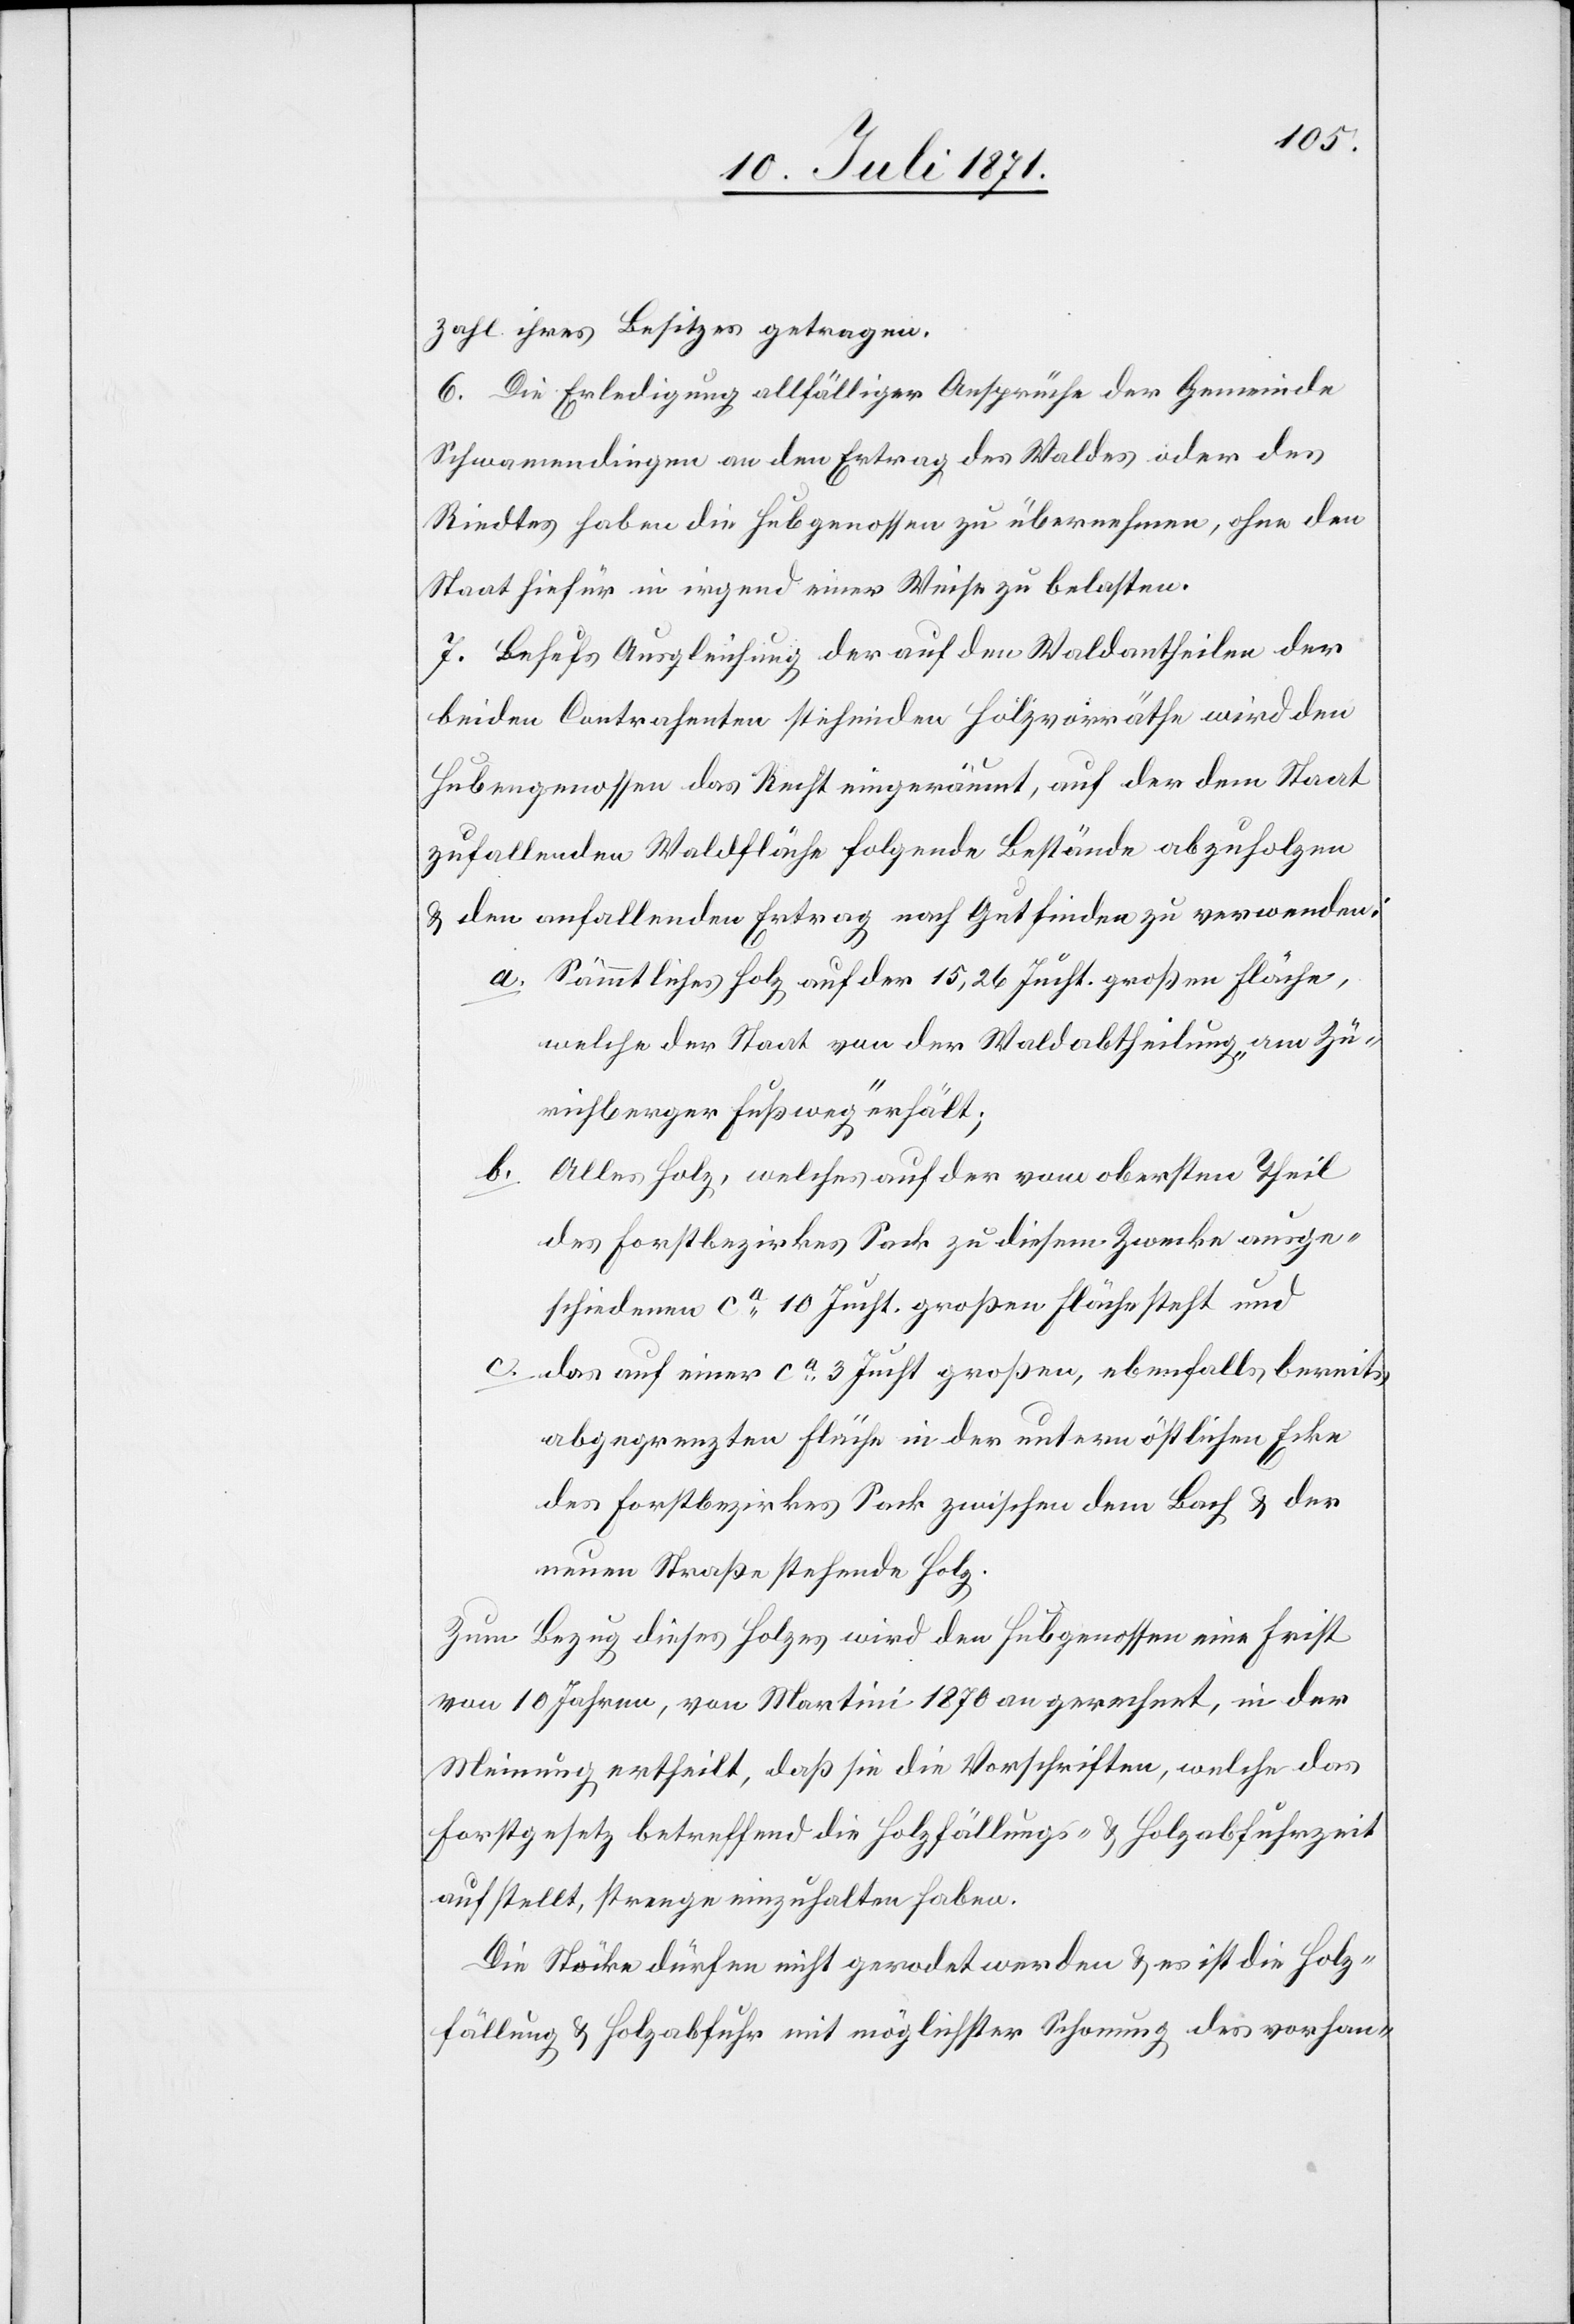
zahl ihres Besitzes getragen.
6. Die Erledigung allfälliger Ansprüche der Gemeinde
Schwamendingen an den Ertrag es Waldes oder des
Riedtes haben die Hubgenossen zu übernehmen, ohne den
Staat hiefür in irgend einer Weise zu belasten.
7. Behufs Ausgleichung der auf den Waldantheilen der
beiden Contrahenten stehenden Holzvorräthe wird den
Hubengenossen das Recht eingeräumt, auf der dem Staat
zufallenden Waldfläche folgende Bestände abzuholzen
u. den anfallenden Ertrag nach Gutfinden zu verwenden:
Sämmtliches Holz auf der 15,26 Jucht. großen Fläche,
welche der Staat von der Waldabtheilung am Zü¬
richberger Fußweg erhält;
Alles Holz, welches auf der vom obersten Theil
des Forstbezirkes Sack zu diesem Zwecke ausge¬
schiedenen ca. 10 Jucht. großen Fläche steht und
das auf einer ca. 3 Jucht großen, ebenfalls bereits
abgegrenzten Fläche in der untern östlichen Ecke
des Forstbezirkes Sack zwischen dem Bach u. der
neuen Straße stehende Holz.
Zum Bezug dieses Holzes wird den Hubgenossen eine Frist
von 10 Jahren, von Martini 1870 an gerechnet, in der
Meinung ertheilt, daß sie die Vorschriften, welche das
Forstgesetz betreffend die Holzfällungs- u. Holzabfuhrzeit
aufstellt, strenge einzuhalten haben.
Die Stöcke dürfen nicht gerodet werden u. es ist die Holz¬
fällung u. Holzabfuhr mit möglichster Schonung des vorhan-